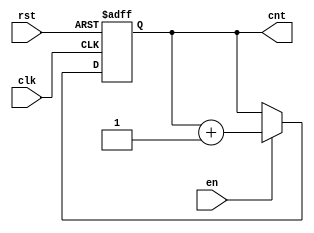
module incremental_counter #(
    parameter WIDTH = 8  // Width of the counter (e.g., 8 for 0 to 255)
)(
    input wire clk,      // Clock input
    input wire en,       // Enable input
    input wire rst,      // Reset input
    output reg [WIDTH-1:0] cnt  // Current count output
);

// Internal register to hold the counter value
reg [WIDTH-1:0] counter_value;

// Initial block to set the counter to zero at simulation start
initial begin
    counter_value = 0;
end

// Always block triggered on the rising edge of the clock
always @(posedge clk or posedge rst) begin
    if (rst) begin
        // Reset condition
        counter_value <= 0;  // Reset the counter to zero
    end else if (en) begin
        // Increment condition
        counter_value <= counter_value + 1;  // Increment the counter
    end
    // If enable is low, retain the current value (no action needed)
end

// Assign the counter value to the output
always @(*) begin
    cnt = counter_value; // Continuous assignment to output
end

endmodule